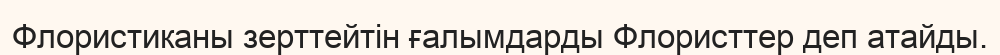
Флористиканы зерттейтін ғалымдарды Флористтер деп атайды.